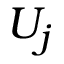
U _ { j }